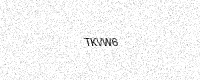
Text: TKVW6